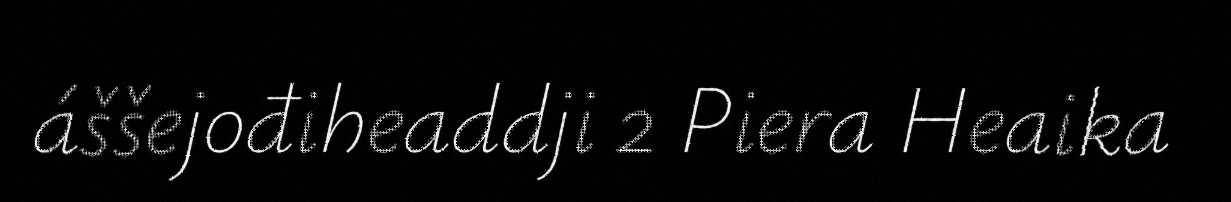
áššejođiheaddji 2 Piera Heaika